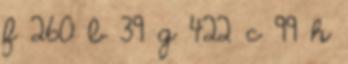
f 260 b 39 g 422 c 99 h